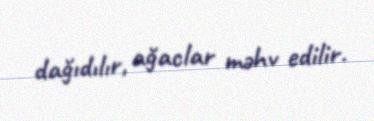
dağıdılır, ağaclar məhv edilir.